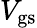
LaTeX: V_{\mathrm{gs}}